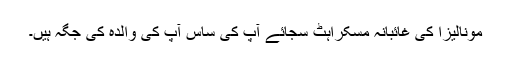
مونالیزا کی غائبانہ مسکراہٹ سجائے آپ کی ساس آپ کی والدہ کی جگہ ہیں۔